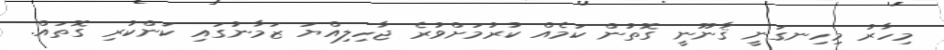
މިހާރު މިހިނގަނީ ޤާނޫނީ ގޮތުން ކަމެއް ކުރުމަށްވުރެ ޖާހިލިއްޔަ ޒަމާނުގައި ކަންކުރި ގޮތައް.